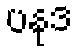
ပနုဒ